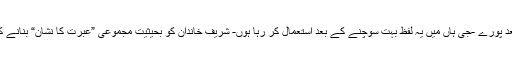
NA-120 سے بیگم کلثوم نواز شریف کی جیت کے بعد پورے -جی ہاں میں یہ لفظ بہت سوچنے کے بعد استعمال کر رہا ہوں- شریف خاندان کو بحیثیت مجموعی ”عبرت کا نشان“ بنانے کی کوششیں تیز تر ہو جائیں گی۔